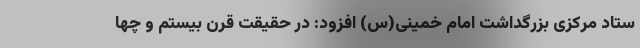
ستاد مرکزی بزرگداشت امام خمینی(س) افزود: در حقیقت قرن بیستم و چها